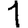
Digit: 1